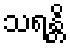
သရန္တိ